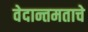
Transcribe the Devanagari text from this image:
वेदान्तमताचे